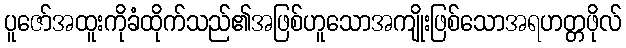
ပူဇော်အထူးကိုခံထိုက်သည်၏အဖြစ်ဟူသောအကျိုးဖြစ်သောအရဟတ္တဖိုလ်